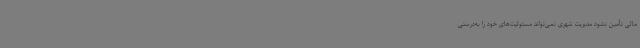
مالی تأمین نشود مدیریت شهری نمی‌تواند مسئولیت‌های خود را به‌درستی